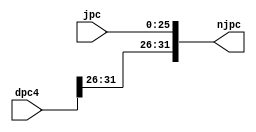
`timescale 1ns / 1ps
//////////////////////////////////////////////////////////////////////////////////
// Company: 
// Engineer: 
// 
// Design Name: 
// Module Name: ID_JumpPCconcatination
// Project Name: 
// Target Devices: 
// Tool Versions: 
// Description: 
// 
// Dependencies: 
// 
// Revision:
// Revision 0.01 - File Created
// Additional Comments:
// 
//////////////////////////////////////////////////////////////////////////////////


module ID_JumpPCconcatination(
    input [25:0] jpc,
    input [31:0] dpc4,
    output reg [31:0] njpc
    );
    
    always @ (*)
        begin
            njpc <= {{dpc4[31:26]}, jpc};
        end
endmodule